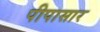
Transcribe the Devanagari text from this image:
पीपासार